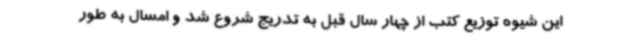
این شیوه توزیع کتب از چهار سال قبل به تدریج شروع شد و امسال به طور